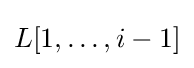
L[1,\ldots ,i-1]